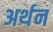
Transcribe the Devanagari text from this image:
अर्थन